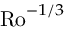
\mathrm { R o } ^ { - 1 / 3 }